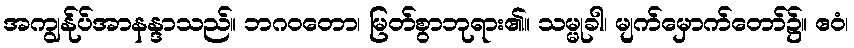
အကျွန်ုပ်အာနန္ဒာသည်။ ဘဂဝတော၊ မြတ်စွာဘုရား၏။ သမ္မုခါ၊ မျက်မှောက်တော်၌။ ဧဝံ၊